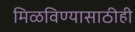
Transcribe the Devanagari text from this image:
मिळविण्यासाठीही